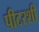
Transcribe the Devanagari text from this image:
पीटरशी